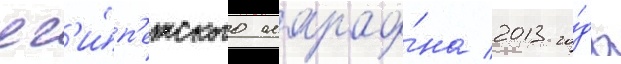
ег'и́п'етского марафо́на 2013 го́да